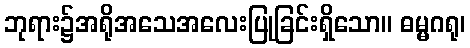
ဘုရား၌အရိုအသေအလေးပြုခြင်းရှိသော။ ဓမ္မဂရု၊